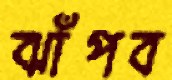
ঝাঁপব